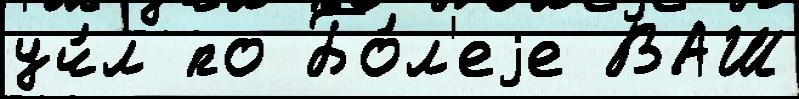
уч́л по Бо́л'еjе ВАШ